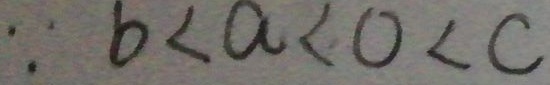
\because b < a < 0 < c